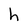
Character: h